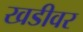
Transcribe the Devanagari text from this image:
खडीवर